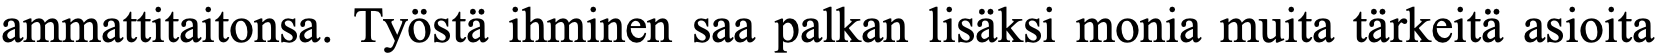
ammattitaitonsa. Työstä ihminen saa palkan lisäksi monia muita tärkeitä asioita